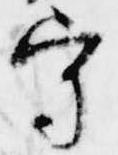
守